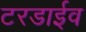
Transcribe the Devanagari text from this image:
टरडाईव